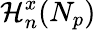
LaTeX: \mathcal{H}_{n}^{x}(N_{p})